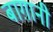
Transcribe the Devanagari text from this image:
बाग़ानी